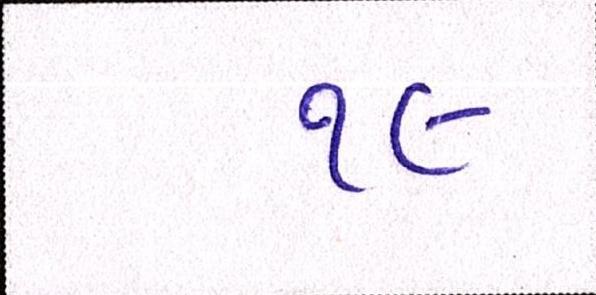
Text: ૧૯